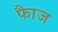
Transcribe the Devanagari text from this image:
फाैज